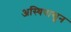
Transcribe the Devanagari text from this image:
अस्थिपासून